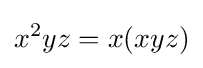
x^{2}yz=x(xyz)